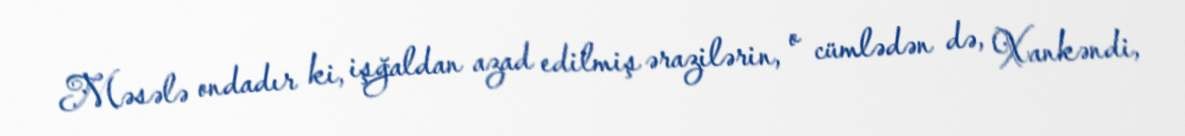
Məsələ ondadır ki, işğaldan azad edilmiş ərazilərin, o cümlədən də, Xankəndi,